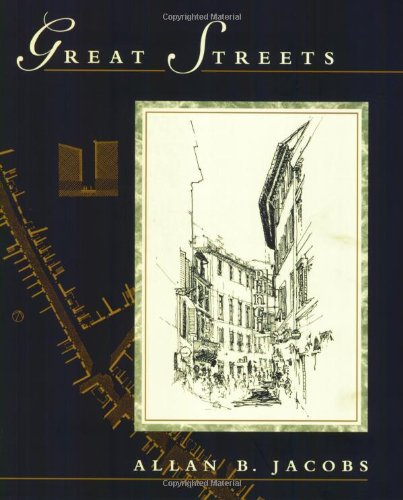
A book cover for Great Streets; Allan B. Jacobs; Arts & Photography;